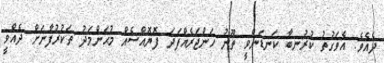
ދެއެވެ. އެވަގުތު ކުރުނބާ ކަނޑަންވީ ތޫނު ޚަންޖަރެއްފަދަ ފޮޔޮއްސެއް މުޙަންމަދު ތަކުރުފާނަށް ދެއްވީ